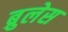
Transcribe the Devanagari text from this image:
ब्रुलेस